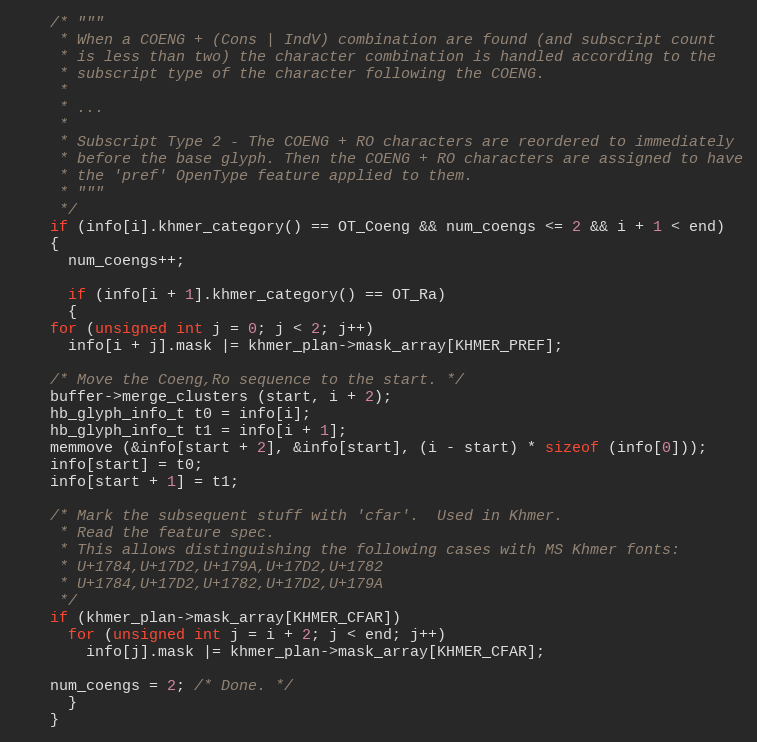
Language: C++
    /* """
     * When a COENG + (Cons | IndV) combination are found (and subscript count
     * is less than two) the character combination is handled according to the
     * subscript type of the character following the COENG.
     *
     * ...
     *
     * Subscript Type 2 - The COENG + RO characters are reordered to immediately
     * before the base glyph. Then the COENG + RO characters are assigned to have
     * the 'pref' OpenType feature applied to them.
     * """
     */
    if (info[i].khmer_category() == OT_Coeng && num_coengs <= 2 && i + 1 < end)
    {
      num_coengs++;

      if (info[i + 1].khmer_category() == OT_Ra)
      {
	for (unsigned int j = 0; j < 2; j++)
	  info[i + j].mask |= khmer_plan->mask_array[KHMER_PREF];

	/* Move the Coeng,Ro sequence to the start. */
	buffer->merge_clusters (start, i + 2);
	hb_glyph_info_t t0 = info[i];
	hb_glyph_info_t t1 = info[i + 1];
	memmove (&info[start + 2], &info[start], (i - start) * sizeof (info[0]));
	info[start] = t0;
	info[start + 1] = t1;

	/* Mark the subsequent stuff with 'cfar'.  Used in Khmer.
	 * Read the feature spec.
	 * This allows distinguishing the following cases with MS Khmer fonts:
	 * U+1784,U+17D2,U+179A,U+17D2,U+1782
	 * U+1784,U+17D2,U+1782,U+17D2,U+179A
	 */
	if (khmer_plan->mask_array[KHMER_CFAR])
	  for (unsigned int j = i + 2; j < end; j++)
	    info[j].mask |= khmer_plan->mask_array[KHMER_CFAR];

	num_coengs = 2; /* Done. */
      }
    }